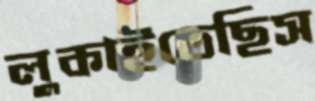
লুকাইতেছিস